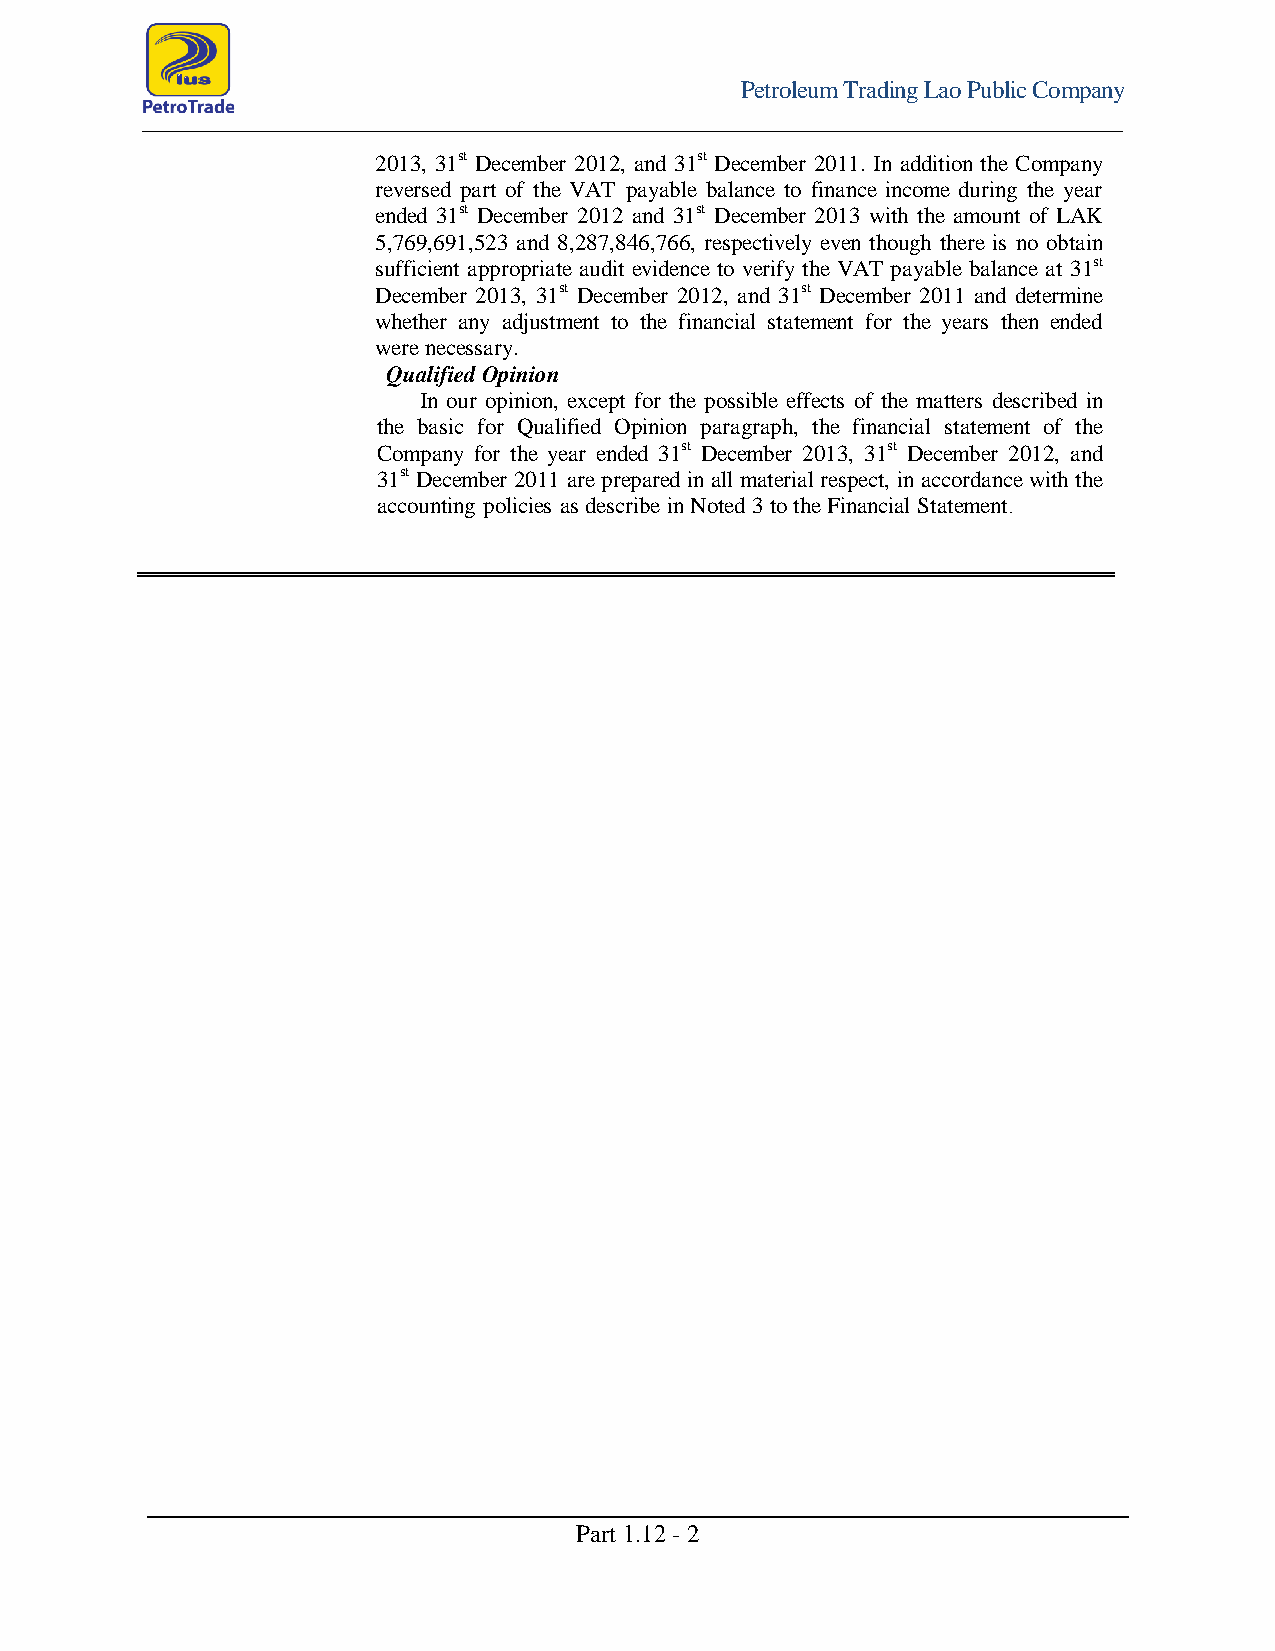
Petroleum Trading Lao Public Company
 2013, 31st December 2012, and 31st December 2011. In addition the Company
 reversed part of the VAT payable balance to finance income during the year
 ended 31st December 2012 and 31st December 2013 with the amount of LAK
 5,769,691,523 and 8,287,846,766, respectively even though there is no obtain
 sufficient appropriate audit evidence to verify the VAT payable balance at 31st
 December 2013, 31st December 2012, and 31st December 2011 and determine
 whether any adjustment to the financial statement for the years then ended
 were necessary.
 Qualified Opinion
 In our opinion, except for the possible effects of the matters described in
 the basic for Qualified Opinion paragraph, the financial statement of the
 Company for the year ended 31st December 2013, 31st December 2012, and
 31st December 2011 are prepared in all material respect, in accordance with the
 accounting policies as describe in Noted 3 to the Financial Statement.
 Part 1.12 - 2